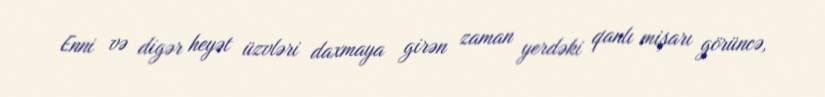
Enni və digər heyət üzvləri daxmaya girən zaman yerdəki qanlı mişarı görüncə,